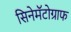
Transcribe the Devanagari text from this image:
सिनेमॅटोग्राफ